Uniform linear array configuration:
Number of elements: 32
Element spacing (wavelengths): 0.25
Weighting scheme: uniform
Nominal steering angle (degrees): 60
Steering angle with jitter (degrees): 60.854
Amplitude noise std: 0.05
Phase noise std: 0.05

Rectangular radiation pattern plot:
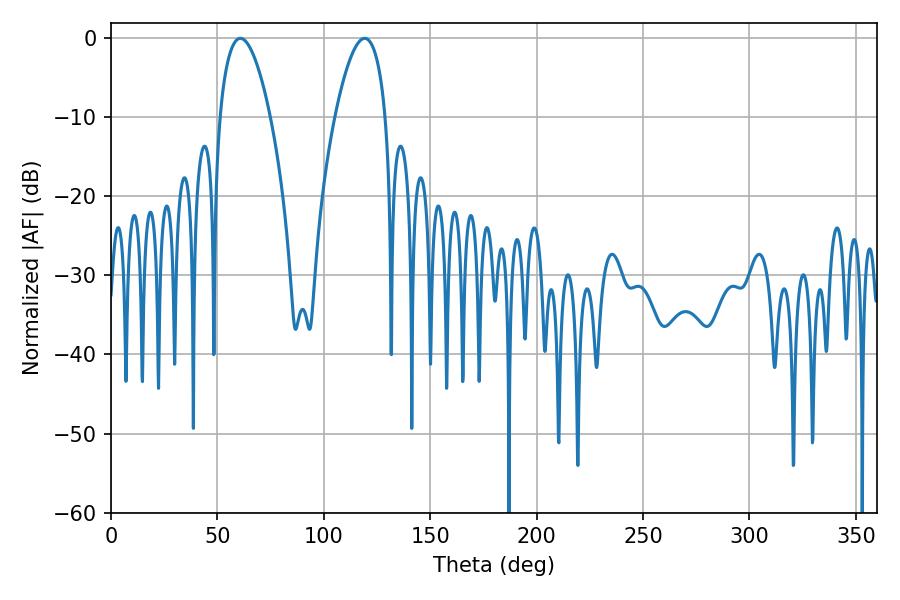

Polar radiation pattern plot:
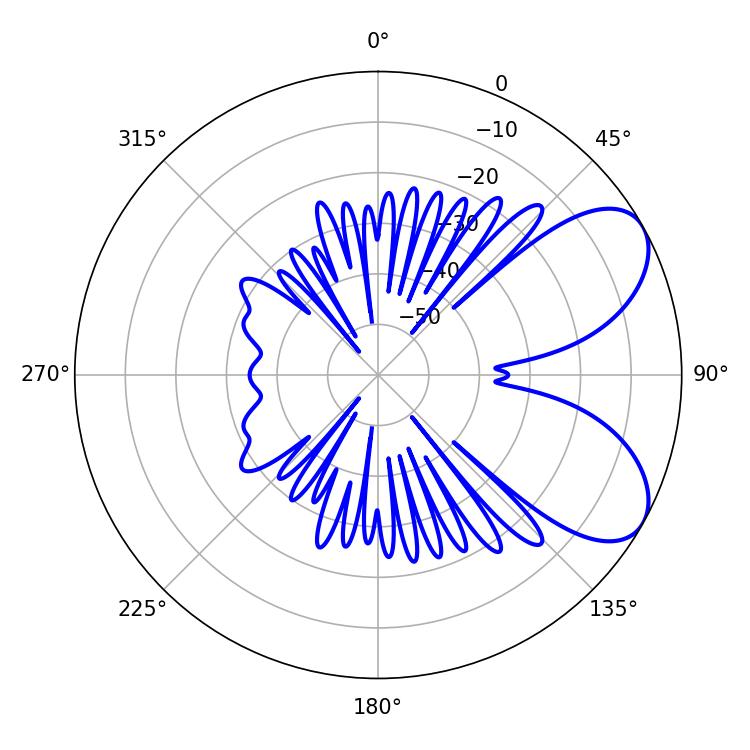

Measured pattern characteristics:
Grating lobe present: FALSE
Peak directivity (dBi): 6.615
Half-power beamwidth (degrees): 13.14
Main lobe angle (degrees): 60.84